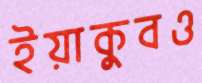
ইয়াকুবও